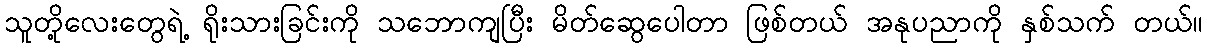
သူတို့လေးတွေရဲ့ ရိုးသားခြင်းကို သဘောကျပြီး မိတ်ဆွေပေါတာ ဖြစ်တယ် အနုပညာကို နှစ်သက် တယ်။